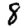
Digit: 8